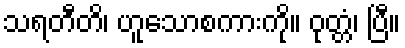
သရတီတိ၊ ဟူသောစကားကို။ ဝုတ္တံ၊ ပြီ။